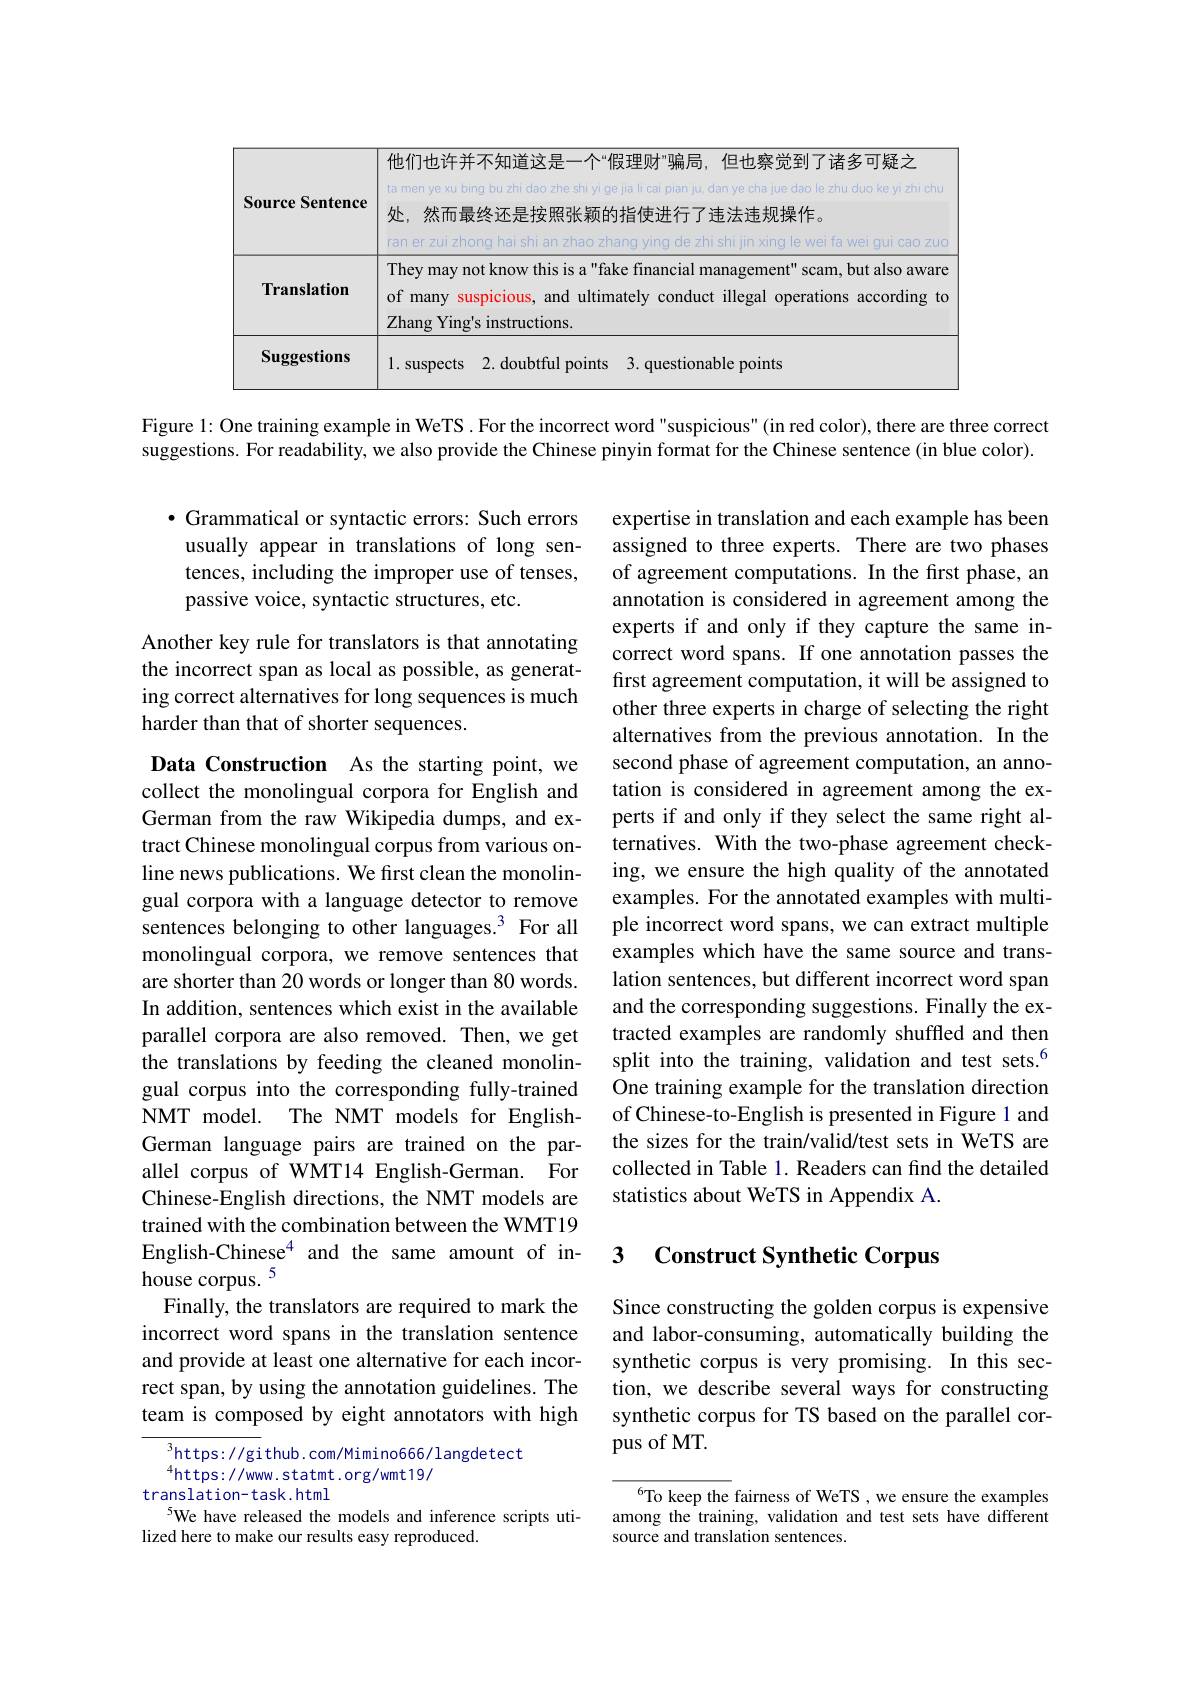
<table>
	<tbody>
		<tr>
			<td>Source Sentence</td>
			<td>们也许并不知道这是一个“假理财”骗局，但也察觉到了诸多可疑之 nen ye xu bing bu zhi dao zhe shi yi ge jia li cai pian ju, dan ye cha jue dao le zhu duo ke yi zhi chu 然而最终还是按照张颖的指使进行了违法违规操作。er zui zhong hai shi an zhao zhang ying de zhi shi jin xing le wei fa wei gui cao zuo</td>
		</tr>
		<tr>
			<td>Translation</td>
			<td>ey may not know this is a"fake financial management" scam, but also aware many suspicious, and ultimately conduct illegal operations according to ang Ying's instructions.</td>
		</tr>
		<tr>
			<td>Suggestions</td>
			<td>silsnects 1 $7daubtfulnoints$ 3. questionable points</td>
		</tr>
	</tbody>
</table>

Figure 1: One training example in WeTS. For the incorrect word"suspicious" (in red color), there are three correct suggestions. For readability, we also provide the Chinese pinyin format for the Chinese sentence (in blue color).

$\bullet$ Grammatical or syntactic errors: Such errors usually appear in translations of long sentences, including the improper use of tenses, passive voice, syntactic structures, etc.

Another key rule for translators is that annotating the incorrect span as local as possible, as generating correct alternatives for long sequences is much harder than that of shorter sequences.

expertise in translation and each example has been assigned to three experts. There are two phases of agreement computations. In the first phase, an annotation is considered in agreement among the experts if and only if they capture the same incorrect word spans. If one annotation passes the first agreement computation, it will be assigned to other three experts in charge of selecting the right alternatives from the previous annotation. In the second phase of agreement computation, an annotation is considered in agreement among the experts if and only if they select the same right alternatives. With the two-phase agreement checking, we ensure the high quality of the annotated examples. For the annotated examples with multiple incorrect word spans, we can extract multiple examples which have the same source and translation sentences, but different incorrect word span and the corresponding suggestions. Finally the extracted examples are randomly shuffled and then split into the training, validation and test sets.$^{6}$ One training example for the translation direction of Chinese-to-English is presented in Figure 1 and the sizes for the train/valid/test sets in WeTS are collected in Table 1. Readers can find the detailed statistics about WeTS in Appendix A.

Data Construction As the starting point, we collect the monolingual corpora for English and German from the raw Wikipedia dumps, and extract Chinese monolingual corpus from various online news publications. We fırst clean the monolingual corpora with a language detector to remove sentences belonging to other languages.3 For all monolingual corpora, we remove sentences that are shorter than 20 words or longer than 80 words. In addition, sentences which exist in the available parallel corpora are also removed. Then, we get the translations by feeding the cleaned monolingual corpus into the corresponding fully-trained NMT model. The NMT models for EnglishGerman language pairs are trained on the parallel corpus of WMT14 English-German. For Chinese-English directions, the NMT models are trained with the combination between the WMT19 English-Chinese$^{4}$ and the same amount of inhouse corpus. $^{5}$
Finally, the translators are required to mark the incorrect word spans in the translation sentence and provide at least one alternative for each incorrect span, by using the annotation guidelines. The team is composed by eight annotators with high

# 3 Construct Synthetic Corpus

Since constructing the golden corpus is expensive and labor-consuming, automatically building the synthetic corpus is very promising. In this section, we describe several ways for constructing synthetic corpus for TS based on the parallel corpus of MT.

$^{3}$https: //github. com/Mimino666/ langdetect
$\begin{array}{c}{{^{4}\mathrm{https://www.statmt.org/wmt19/}}}\\{{\mathrm{translation-task.html}}}\end{array}$
5We have released the models and inference scripts uti-
lized here to make our results easy reproduced.

$^{6}$To keep the fairness of WeTS , we ensure the examples among the training, validation and test sets have different source and translation sentences.